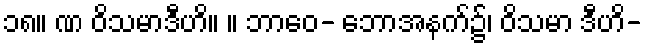
၁၈။ ဏ ဝိသမာဒီဟိ။ ။ ဘာဝေ- ဘောအနက်၌၊ ဝိသမာ ဒီဟိ-